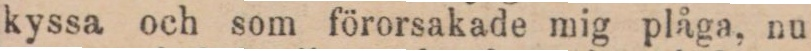
kyssa och som förorsakade mig plåga, nu